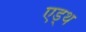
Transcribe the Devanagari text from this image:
एड्थ